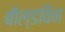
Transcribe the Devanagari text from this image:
बौल्डविन